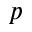
p